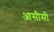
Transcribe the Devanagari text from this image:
आसीसी